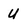
Character: U